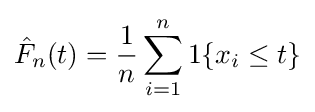
{\hat {F}}_{n}(t)={\frac {1}{n}}\sum _{i=1}^{n}1\{x_{i}\leq t\}